Leaving Certificate Examination (including Day School Certificate (Higher) General paper), 1930
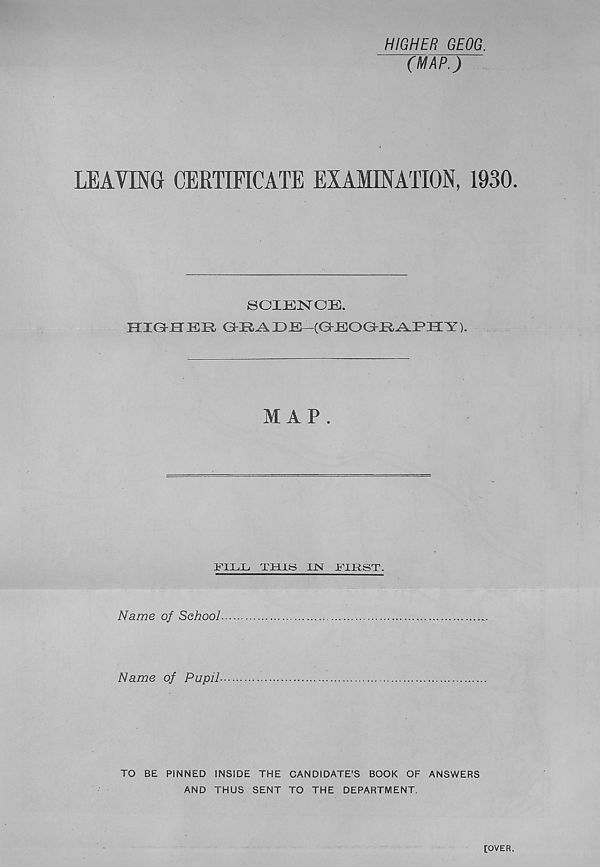
Ordnance Survey. 1930.
~4Miles
„ ,
Suirfoce . Good- & fit for Fib for JhdifY'crenb or .Bad
hSuJtTmLi X
ordutwytraffc winUngroad
Other Roads j
Ro ads imda'14 'wide
Mi/wr Roads
O/Jwr
Rridle &Footpaths
(Ri'ivate Roads are zaicolow^d. UhfencedRoads are shown, by dotted tines)
Slopes steeper than, f ——> -
Railways. Double line....
. .
Single line
Viaduct
level.
Crossing,
Mineral lines and TramAvatys....
pmrswa Canal-
jnyiUi. Jtwer
II Cutting
SandHMs
ftEmbanJcment
Church or Chapd, with Tower
t Part, and,- Telegraph O/Rce
T
Spire
2 Post O/Tice
,
P
’ .. without either. + ^ ^_^ith Telephone
,Pt
Wood.
Orchccrd,
Marsh
' Fcrr' Y ■ Ferry
■ V . i : ' L.^
^Rock.s
h Beacon,
Road Mileage. .5 Altitude.
:2ll
Windmill
3 Windpump I Boundaries, County.
lighthouse A lightship.
Rough Pasture d
JForVehided. V.
^
e? .
Foot Passengers (F) h
Cbunby&Parish,
Parish only.